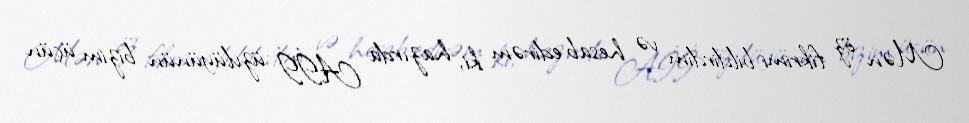
Mən öz fikrimi bildirdim və hesab edirəm ki, hazırda Aİİ üzvlüyünün bizim üçün